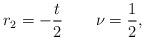
LaTeX: \begin{gather*}r_2 = -\frac{t}{2} \qquad\nu = \frac{1}{2},\end{gather*}